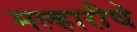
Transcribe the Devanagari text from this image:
मल्हारीचे